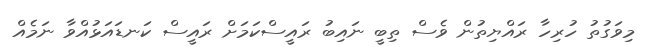
މިވަގުތު ހުރިހާ ރައްޔިތުން ވެސް ތިބީ ނައިބު ރައީސްކަމަށް ރައީސް ކަނޑައަޅުއްވާ ނަމެއް